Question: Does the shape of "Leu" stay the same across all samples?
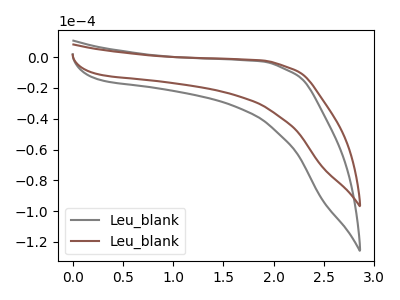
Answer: <think>The gray curve "Leu_blank1" has no peaks. The brown curve "Leu_blank2" has no peaks.
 Neither "Leu_blank1" or "Leu_blank2" have any peaks.</think>
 <answer>All the CV's of "Leu" have similar shape.</answer>
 <eval>follow_rule</eval>